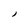
Character: I